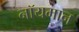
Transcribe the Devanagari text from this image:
नॉयमान